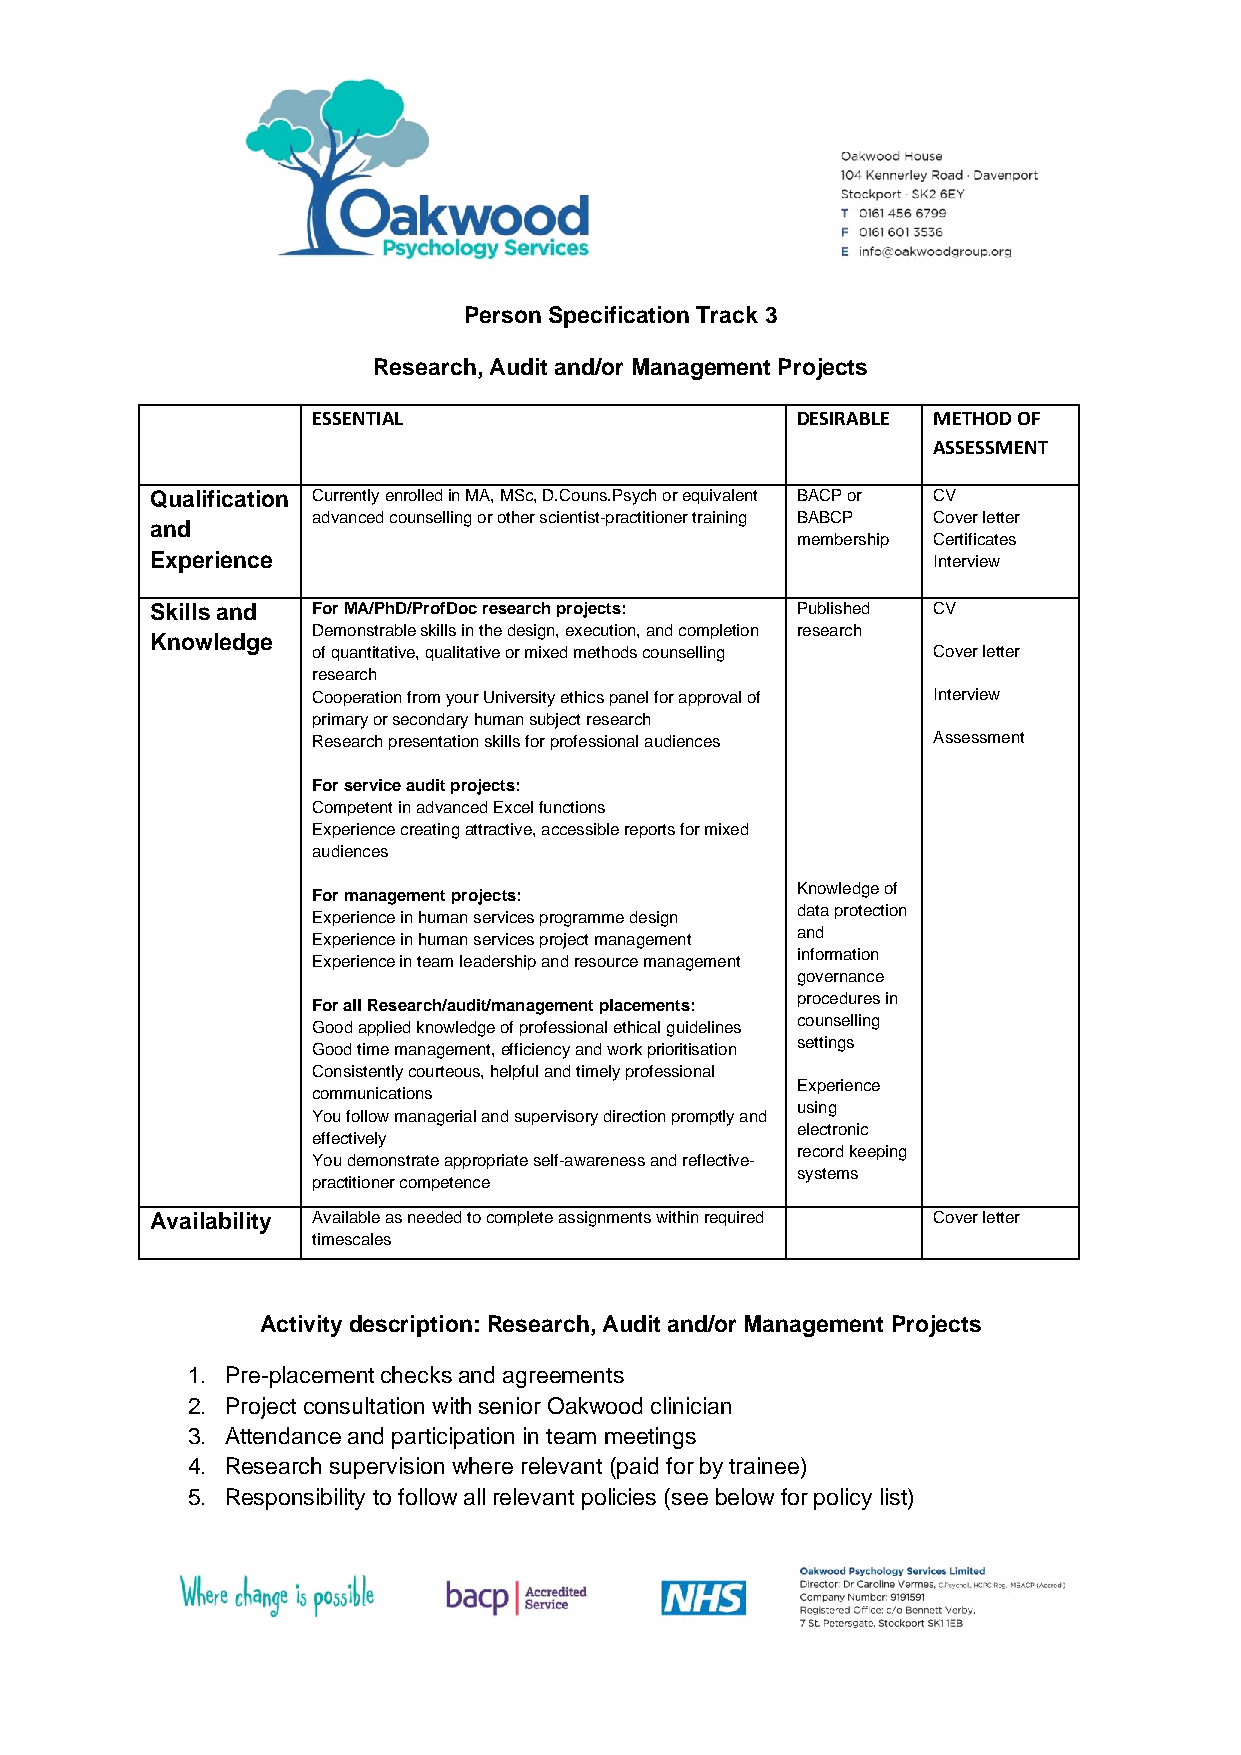
Person Specification Track 3
 Research, Audit and/or Management Projects
 ESSENTIAL                       DESIRABLE METHOD OF
 ASSESSMENT
 Qualification Currently enrolled in MA, MSc, D.Couns.Psych or equivalent BACP or CV
 advanced counselling or other scientist-practitioner training BABCP Cover letter
 and
 membership Certificates
 Experience                                          Interview
 Skills and For MA/PhD/ProfDoc research projects: Published CV
 Demonstrable skills in the design, execution, and completion research
 Knowledge
 of quantitative, qualitative or mixed methods counselling Cover letter
 research
 Cooperation from your University ethics panel for approval of Interview
 primary or secondary human subject research
 Research presentation skills for professional audiences Assessment
 For service audit projects:
 Competent in advanced Excel functions
 Experience creating attractive, accessible reports for mixed
 audiences
 Knowledge of
 For management projects:
 data protection
 Experience in human services programme design
 and
 Experience in human services project management
 information
 Experience in team leadership and resource management
 governance
 procedures in
 For all Research/audit/management placements:
 counselling
 Good applied knowledge of professional ethical guidelines
 settings
 Good time management, efficiency and work prioritisation
 Consistently courteous, helpful and timely professional
 Experience
 communications
 using
 You follow managerial and supervisory direction promptly and
 electronic
 effectively
 record keeping
 You demonstrate appropriate self-awareness and reflective-
 systems
 practitioner competence
 Availability Available as needed to complete assignments within required Cover letter
 timescales
 Activity description: Research, Audit and/or Management Projects
 1. Pre-placement checks and agreements
 2. Project consultation with senior Oakwood clinician
 3. Attendance and participation in team meetings
 4. Research supervision where relevant (paid for by trainee)
 5. Responsibility to follow all relevant policies (see below for policy list)